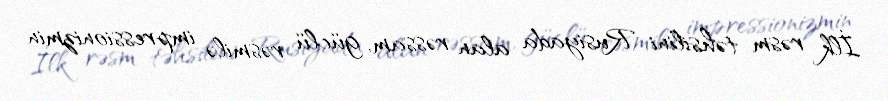
İlk rəsm təhsilini Rusiyada alan rəssam, güclü rəsmilə impressionizmin